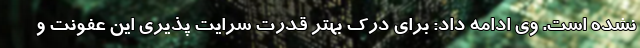
نشده است. وی ادامه داد: برای درک بهتر قدرت سرایت پذیری این عفونت و